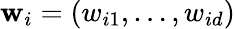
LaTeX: \mathbf{w}_{i}=(w_{i1},\dots,w_{id})